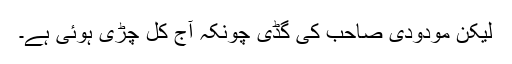
لیکن مودودی صاحب کی گڈی چونکہ آج کل چڑی ہوئی ہے۔